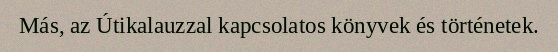
Más, az Útikalauzzal kapcsolatos könyvek és történetek.